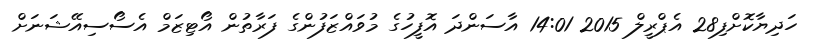
ހަދިޔާކޮށްފި28 އެޕްރީލް 2015 14:01 އާސަންދަ އޮފީހުގެ މުވައްޒަފުންގެ ފަރާތުން އޯޓިޒަމް އެސޯސިއޭޝަނަށް